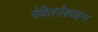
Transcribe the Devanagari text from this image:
मेथिलज़ैक्थाइन्स